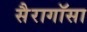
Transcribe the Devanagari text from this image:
सैरागॉसा